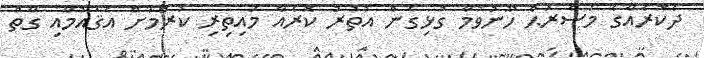
ދެކޮރެއާގެ މަސްރަޙް ހޫނުވުމާ ގުޅިގެން އުތުރު ކޮރެއާ މައިތިރި ކުރުމަށް އެޤައުމާއި ގާތް